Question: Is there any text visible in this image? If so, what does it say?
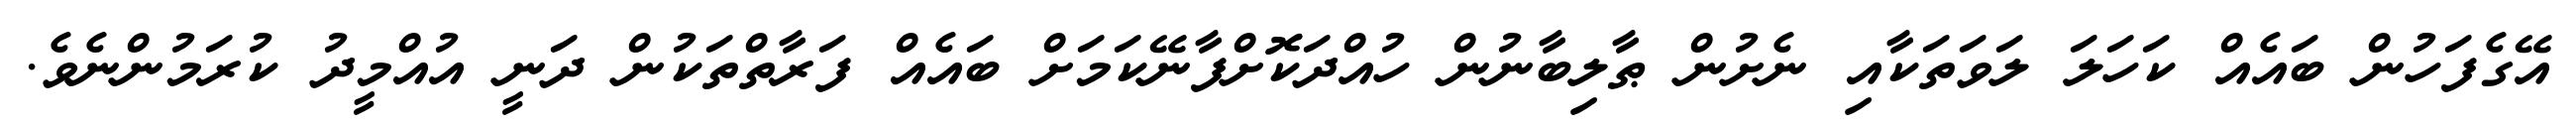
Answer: އޭގެފަހުން ބައެއް ކަހަލަ ލަވަތަކާއި ނެށުން ޠާލިބާނުން ހުއްދަކޮށްފާނޭކަމަށް ބައެއް ފަރާތްތަކުން ދަނީ އުއްމީދު ކުރަމުންނެވެ.